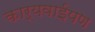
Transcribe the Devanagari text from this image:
कार्यवाईपण